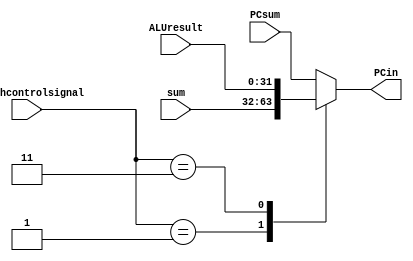
`timescale 1ns / 1ps
//////////////////////////////////////////////////////////////////////////////////
// Company: 
// Engineer: 
// 
// Design Name: 
// Module Name: PC
// Project Name: 
// Target Devices: 
// Tool Versions: 
// Description: 
// 
// Dependencies: 
// 
// Revision:
// Revision 0.01 - File Created
// Additional Comments:
// 
//////////////////////////////////////////////////////////////////////////////////


module PC(input [31:0] PCsum, input [31:0] sum, input [31:0] ALUresult, input[1:0] branchcontrolsignal, output reg [31:0] PCin);

always@(*)
begin
case(branchcontrolsignal)

//correct implementation

2'b00:    PCin= PCsum;
2'b01:    PCin= sum; 
//2'b10:    PCin= sum;
2'b11:    PCin= ALUresult;
default: PCin= PCsum;

//Use this so the simulation can work

//2'b00:    PCin= PCsum;
//2'b01:    PCin=PCsum; 
//2'b10:    PCin= PCsum;
//2'b11:    PCin= PCsum;
//default: PCin=PCsum;

endcase
end


endmodule